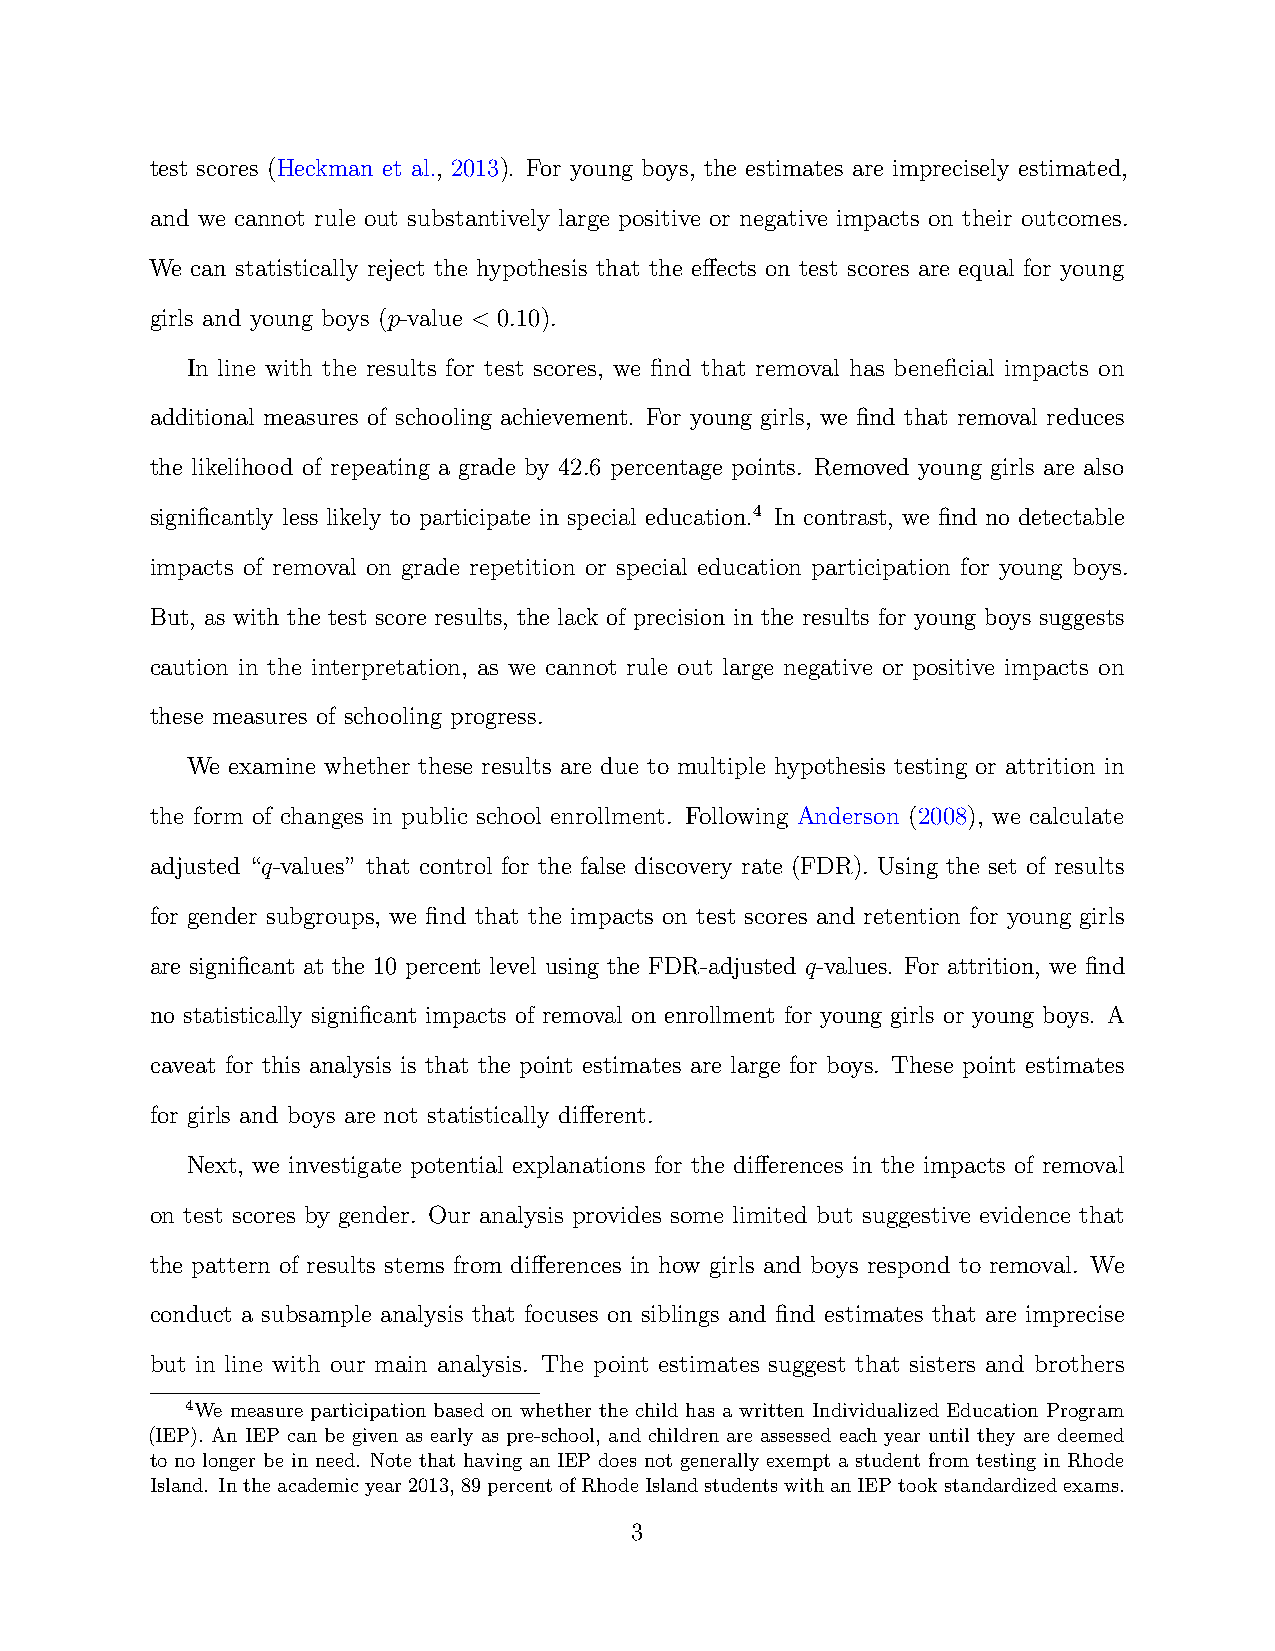
test scores (Heckman et al., 2013). For young boys, the estimates are imprecisely estimated,
 and we cannot rule out substantively large positive or negative impacts on their outcomes.
 We can statistically reject the hypothesis that the effects on test scores are equal for young
 girls and young boys (p-value < 0.10).
 In line with the results for test scores, we find that removal has beneficial impacts on
 additional measures of schooling achievement. For young girls, we find that removal reduces
 the likelihood of repeating a grade by 42.6 percentage points. Removed young girls are also
 significantly less likely to participate in special education.4 In contrast, we find no detectable
 impacts of removal on grade repetition or special education participation for young boys.
 But, as with the test score results, the lack of precision in the results for young boys suggests
 caution in the interpretation, as we cannot rule out large negative or positive impacts on
 these measures of schooling progress.
 We examine whether these results are due to multiple hypothesis testing or attrition in
 the form of changes in public school enrollment. Following Anderson (2008), we calculate
 adjusted “q-values” that control for the false discovery rate (FDR). Using the set of results
 for gender subgroups, we find that the impacts on test scores and retention for young girls
 are significant at the 10 percent level using the FDR-adjusted q-values. For attrition, we find
 no statistically significant impacts of removal on enrollment for young girls or young boys. A
 caveat for this analysis is that the point estimates are large for boys. These point estimates
 for girls and boys are not statistically different.
 Next, we investigate potential explanations for the differences in the impacts of removal
 on test scores by gender. Our analysis provides some limited but suggestive evidence that
 the pattern of results stems from differences in how girls and boys respond to removal. We
 conduct a subsample analysis that focuses on siblings and find estimates that are imprecise
 but in line with our main analysis. The point estimates suggest that sisters and brothers
 4We measure participation based on whether the child has a written Individualized Education Program
 (IEP). An IEP can be given as early as pre-school, and children are assessed each year until they are deemed
 to no longer be in need. Note that having an IEP does not generally exempt a student from testing in Rhode
 Island. Intheacademicyear2013,89percentofRhodeIslandstudentswithanIEPtookstandardizedexams.
 3